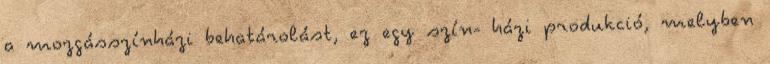
a mozgásszínházi behatárolást, ez egy szín- házi produkció, melyben